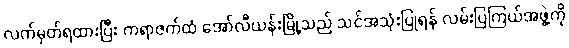
လက်မှတ်ရထားပြီး ကရာဇက်ထံ အော်လီယန်းမြို့သည် သင်အသုံးပြုရန် လမ်းပြကြယ်အဖွဲ့ကို